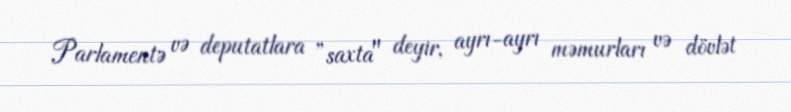
Parlamentə və deputatlara ”saxta" deyir, ayrı-ayrı məmurları və dövlət